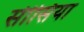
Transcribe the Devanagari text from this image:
सीसिया